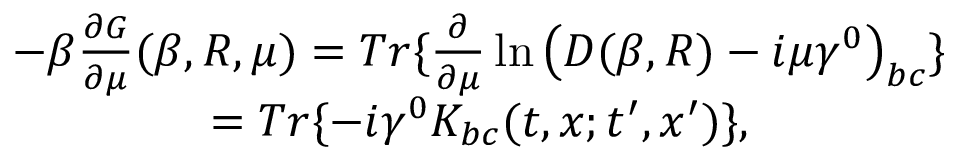
\begin{array} { c } { { - \beta \frac { \partial G } { \partial \mu } ( \beta , R , \mu ) = T r \{ \frac \partial { \partial \mu } \ln \left( D ( \beta , R ) - i \mu \gamma ^ { 0 } \right) _ { b c } \} } } \\ { { = T r \{ - i \gamma ^ { 0 } K _ { b c } ( t , x ; t ^ { \prime } , x ^ { \prime } ) \} , } } \end{array}